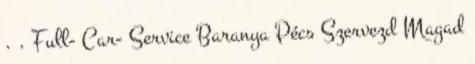
. . Full- Car- Service Baranya Pécs Szervezd Magad